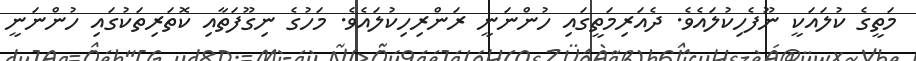
މަތީގެ ކުލައަކީ ނޫފެހިކުލައެވެ. ދެއަރިމަތީގައި ހުންނަނީ ރަންރިހިކުލައެވެ. މަހުގެ ނިގޫފަތާއި ކޮތަރިތަކުގައި ހުންނަނީ